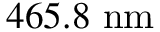
4 6 5 . 8 ~ \mathrm { n m }